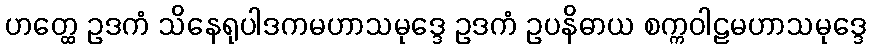
ဟတ္ထေ ဥဒကံ သိနေရုပါဒကမဟာသမုဒ္ဒေ ဥဒကံ ဥပနိဓာယ စက္ကဝါဠမဟာသမုဒ္ဒေ